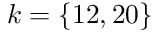
k = \{ 1 2 , 2 0 \}